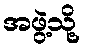
အဖွဲ့သို့